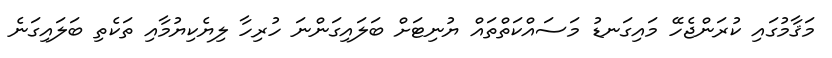
މަޤާމުގައި ކުރަންޖެހޭ މައިގަނޑު މަސައްކަތްތައް ޔުނިޓަށް ބަލައިގަންނަ ހުރިހާ ލިޔެކިޔުމާއި ތަކެތި ބަލައިގަނެ